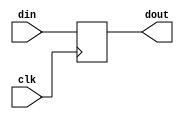
// This program was cloned from: https://github.com/chipsalliance/aib-phy-hardware
// License: Apache License 2.0

// SPDX-License-Identifier: Apache-2.0
// Copyright (C) 2019 Intel Corporation. 
module cfg_cmn_non_scan_reg (
  input      din,
  input      clk,
  output reg dout
);

  always @(posedge clk)
    dout <= din;

endmodule